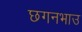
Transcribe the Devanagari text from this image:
छगनभाउ